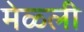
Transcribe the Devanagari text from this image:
मेळ्ली